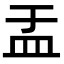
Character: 盂